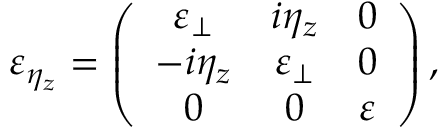
{ \varepsilon } _ { \eta _ { z } } = \left( \begin{array} { c c c } { \varepsilon _ { \perp } } & { i \eta _ { z } } & { 0 } \\ { - i \eta _ { z } } & { \varepsilon _ { \perp } } & { 0 } \\ { 0 } & { 0 } & { \varepsilon } \end{array} \right) ,